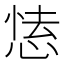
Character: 𢝍